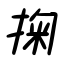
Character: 掬